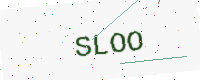
Text: SLOO